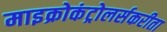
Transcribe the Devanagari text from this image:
माइक्रोकंट्रोलर्सकरीता